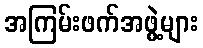
အကြမ်းဖက်အဖွဲ့များ